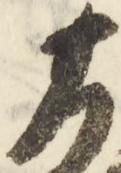
基